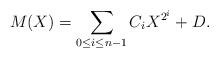
LaTeX: \begin{align*}M(X) = \sum_{0 \le i \le n-1} C_i X^{2^i} + D.\end{align*}